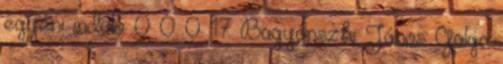
egyéni induló 0 0 0 17 Bagyánszki János Galga